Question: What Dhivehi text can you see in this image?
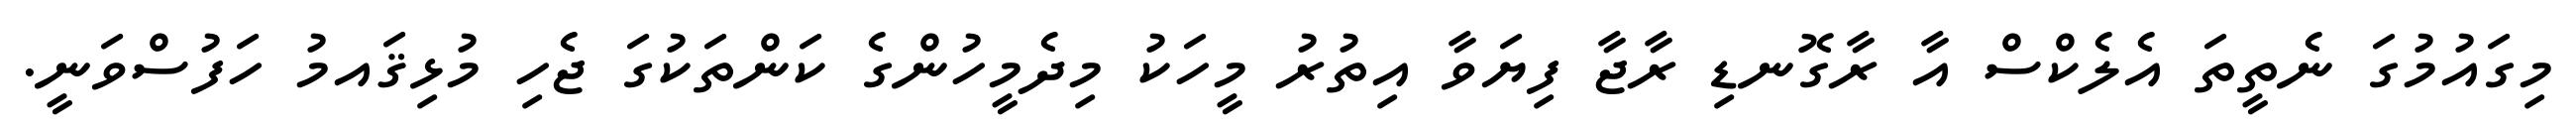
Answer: މިގައުމުގަ ނެތީތަ އެލެކްސް އާ ރާގޮނޑި ރާޖާ ފިޔަވާ އިތުރު މީހަކު މިދެމީހުންގެ ކަންތަކުގަ ޖެހި މުޅިޤައމު ހަފުސްވަނީ.